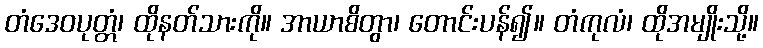
တံဒေဝပုတ္တံ၊ ထိုနတ်သားကို။ အာယာစိတွာ၊ တောင်းပန်၍။ တံကုလံ၊ ထိုအမျိုးသို့။